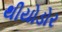
થીયોડોર